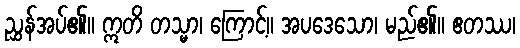
ညွှန်အပ်၏။ ဣတိ တသ္မာ၊ ကြောင့်။ အပဒေသော၊ မည်၏။ ဧတဿ၊